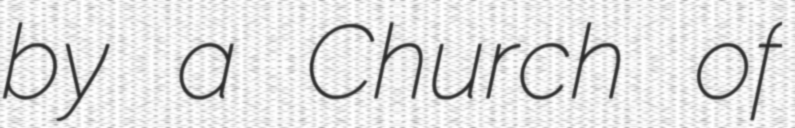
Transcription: by a Church of